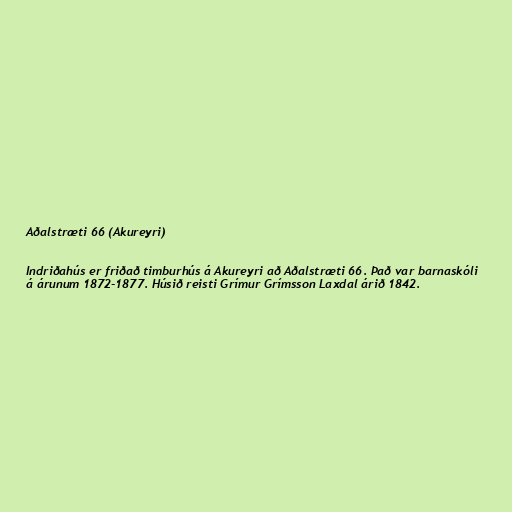
Aðalstræti 66 (Akureyri)

Indriðahús er friðað timburhús á Akureyri að Aðalstræti 66. Það var barnaskóli
á árunum 1872-1877. Húsið reisti Grímur Grímsson Laxdal árið 1842.